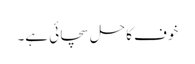
خوف کا حل سچائی ہے۔